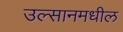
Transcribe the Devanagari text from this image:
उल्सानमधील